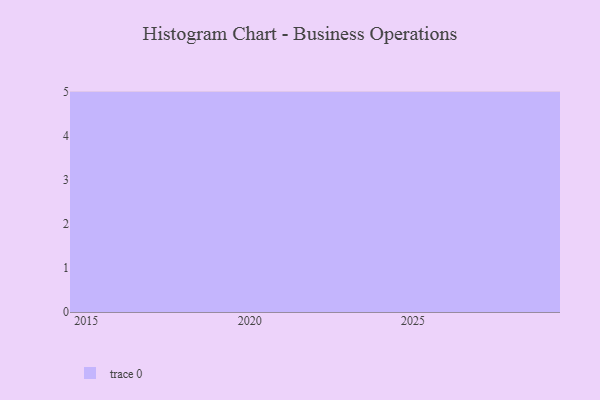
{"axis": {"x": "Year", "y": "Conversion Rate (%)"}, "legend": [""], "data": [{"x": "2028", "y": 12, "type": ""}, {"x": "2024", "y": 67, "type": ""}, {"x": "2027", "y": 90, "type": ""}, {"x": "2019", "y": 70, "type": ""}, {"x": "2018", "y": 99, "type": ""}, {"x": "2029", "y": 100, "type": ""}, {"x": "2016", "y": 7, "type": ""}, {"x": "2022", "y": 59, "type": ""}, {"x": "2025", "y": 28, "type": ""}, {"x": "2026", "y": 72, "type": ""}, {"x": "2015", "y": 87, "type": ""}, {"x": "2021", "y": 34, "type": ""}, {"x": "2020", "y": 99, "type": ""}, {"x": "2023", "y": 81, "type": ""}, {"x": "2017", "y": 99, "type": ""}]}